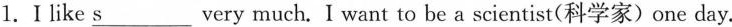
l.Ⅰlike \underline{s} very much. I want to be a scientist(科学家)one day.